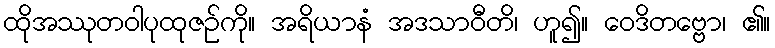
ထိုအဿုတဝါပုထုဇဉ်ကို။ အရိယာနံ အဒသာဝီတိ၊ ဟူ၍။ ဝေဒိတဗ္ဗော၊ ၏။